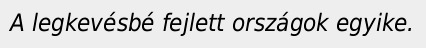
A legkevésbé fejlett országok egyike.